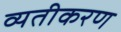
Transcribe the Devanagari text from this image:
व्यतीकरण